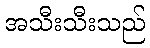
အသီးသီးသည်